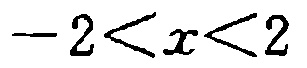
\(-2<x<2\)